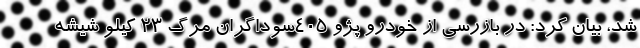
شد، بیان کرد: در بازرسی از خودرو پژو ۴۰۵سوداگران مرگ ۲۳ کیلو شیشه